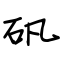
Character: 矾